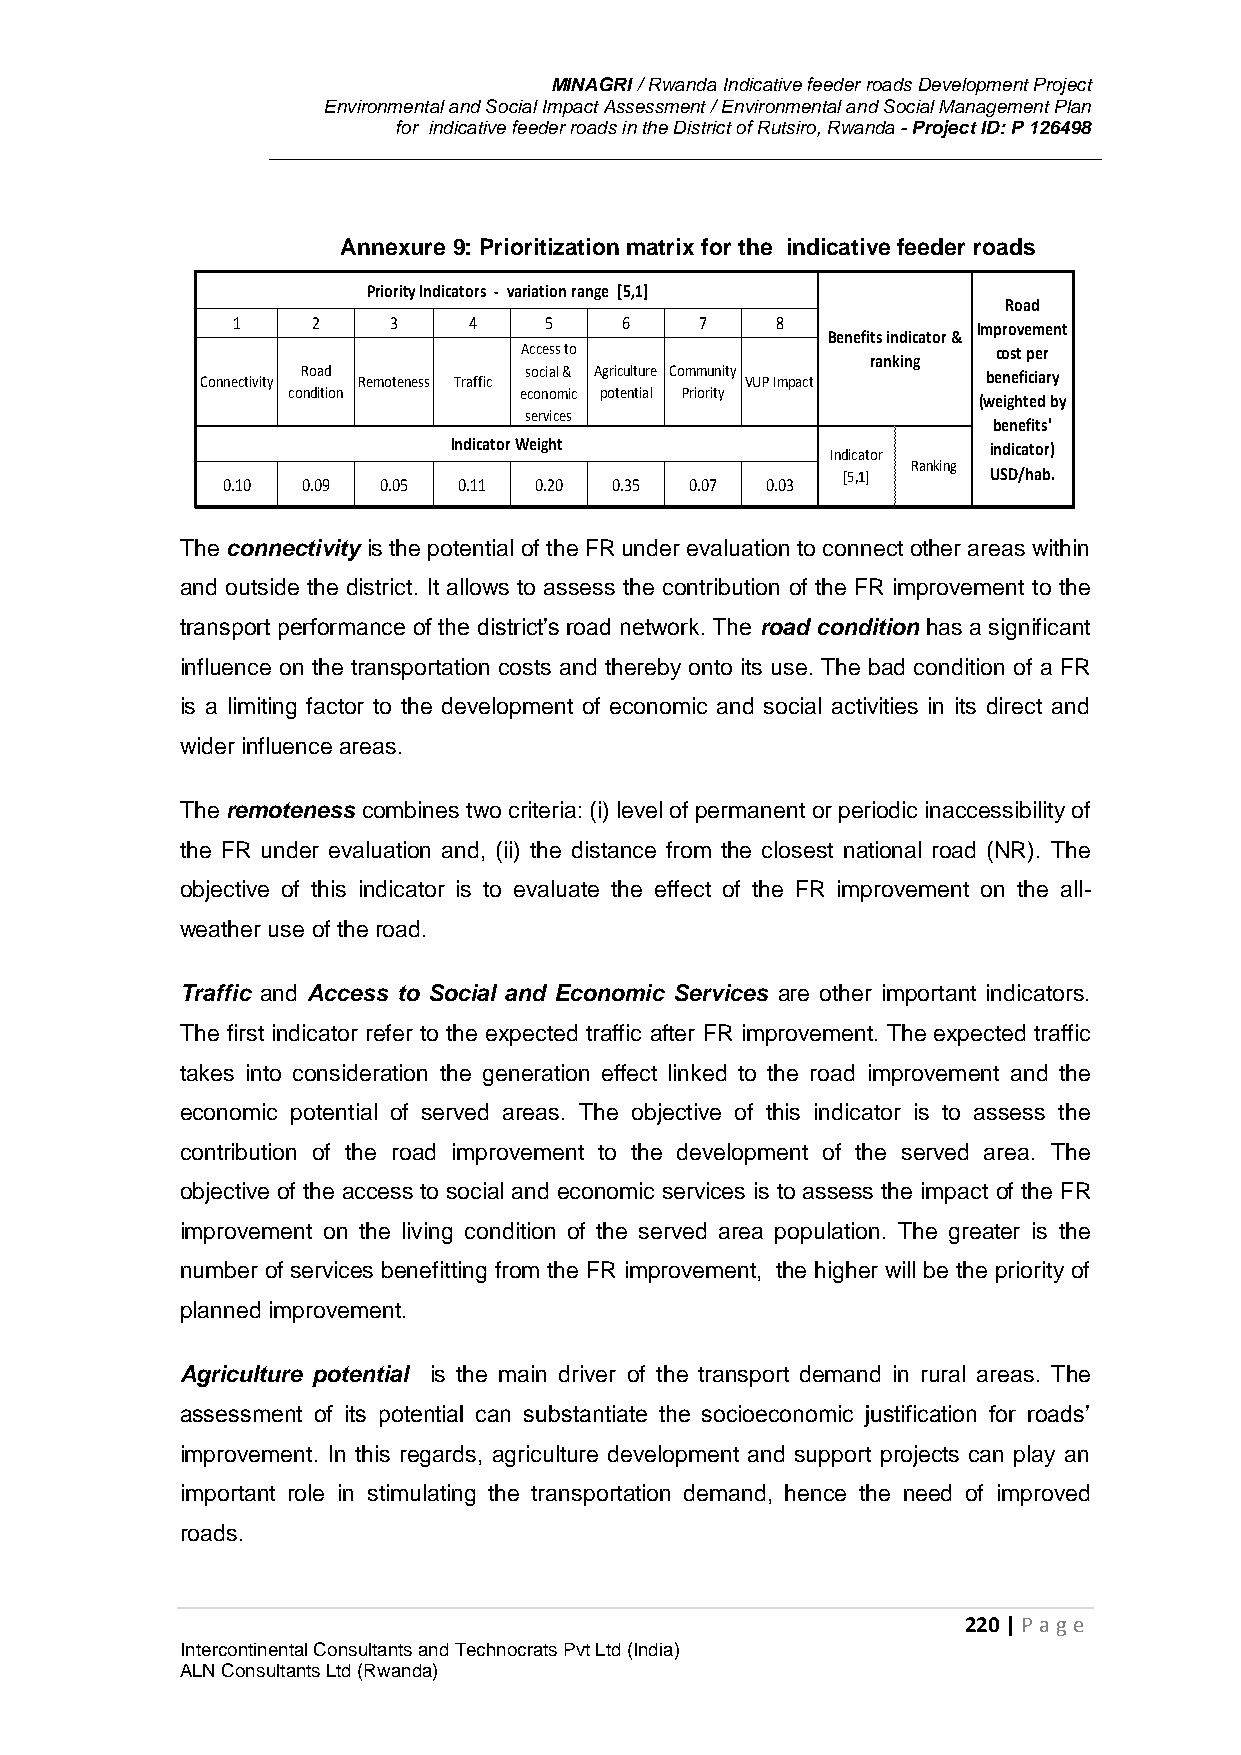
MINAGRI / Rwanda Indicative feeder roads Development Project
 Environmental and Social Impact Assessment / Environmental and Social Management Plan
 for indicative feeder roads in the District of Rutsiro, Rwanda - Project ID: P 126498
 Annexure 9: Prioritization matrix for the indicative feeder roads
 Priority Indicators - variation range [5,1]
 Road
 1     2    3    4    5    6    7    8             Improvement
 Benefits indicator &
 Access to                      cost per
 ranking
 Connectivity Road Remoteness Traffic social & Agriculture Community VUP Impact beneficiary
 condition      economic potential Priority
 (weighted by
 services
 benefits'
 Indicator Weight         Indicator  indicator)
 Ranking
 [5,1]     USD/hab.
 0.10 0.09 0.05 0.11 0.20 0.35  0.07 0.03
 The connectivity is the potential of the FR under evaluation to connect other areas within
 and outside the district. It allows to assess the contribution of the FR improvement to the
 transport performance of the district’s road network. The road condition has a significant
 influence on the transportation costs and thereby onto its use. The bad condition of a FR
 is a limiting factor to the development of economic and social activities in its direct and
 wider influence areas.
 The remoteness combines two criteria: (i) level of permanent or periodic inaccessibility of
 the FR under evaluation and, (ii) the distance from the closest national road (NR). The
 objective of this indicator is to evaluate the effect of the FR improvement on the all-
 weather use of the road.
 Traffic and Access to Social and Economic Services are other important indicators.
 The first indicator refer to the expected traffic after FR improvement. The expected traffic
 takes into consideration the generation effect linked to the road improvement and the
 economic potential of served areas. The objective of this indicator is to assess the
 contribution of the road improvement to the development of the served area. The
 objective of the access to social and economic services is to assess the impact of the FR
 improvement on the living condition of the served area population. The greater is the
 number of services benefitting from the FR improvement, the higher will be the priority of
 planned improvement.
 Agriculture potential is the main driver of the transport demand in rural areas. The
 assessment of its potential can substantiate the socioeconomic justification for roads’
 improvement. In this regards, agriculture development and support projects can play an
 important role in stimulating the transportation demand, hence the need of improved
 roads.
 220 | P age
 Intercontinental Consultants and Technocrats Pvt Ltd (India)
 ALN Consultants Ltd (Rwanda)